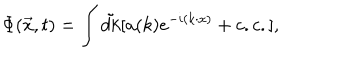
LaTeX: \Phi ( \vec { x } , t ) = \int \tilde { d k } [ a ( k ) e ^ { - i ( k \cdot x ) } + c . c . ] ,